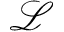
\mathcal { L }